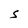
Character: S